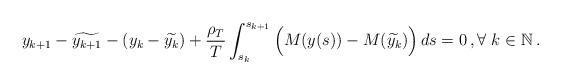
LaTeX: \begin{align*}y_{k+1} - \widetilde{y_{k+1}} - (y_k - \widetilde{y_k}) +\frac{\rho_T}{T} \int_{s_k}^{s_{k+1}} \Big(M(y(s)) -M(\widetilde{y_k})\Big)\,ds=0 \,, \forall \ k \in \mathbb{N}\,.\end{align*}